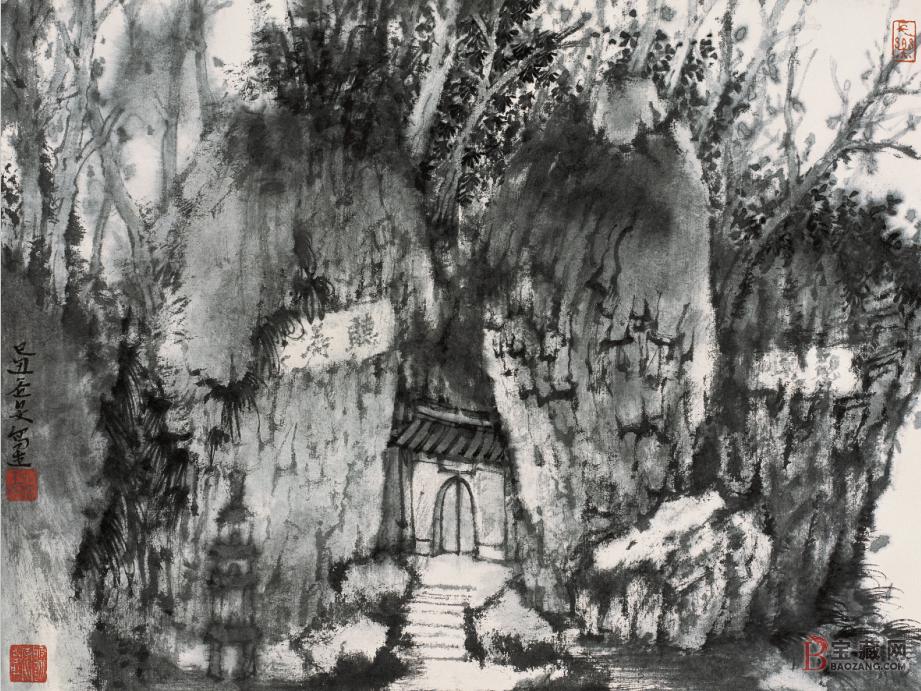
苍旻霁凉雨，石路无飞尘。